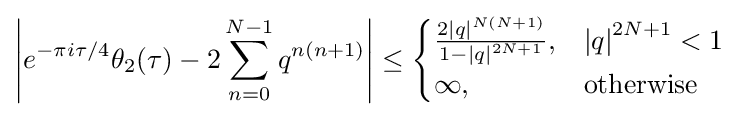
\left|{e}^{-\pi i\tau /4}\theta _{2}\!\left(\tau \right)-2\sum _{n=0}^{N-1}{q}^{n\left(n+1\right)}\right|\leq {\begin{cases}{\frac {2{\left|q\right|}^{N\left(N+1\right)}}{1-\left|q\right|^{2N+1}}},&\left|q\right|^{2N+1}<1\\\infty ,&{\text{otherwise}}\\\end{cases}}\;